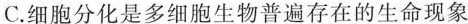
C.细胞分化是多细胞生物普遍存在的生命现象